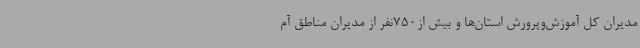
مدیران کل آموزش‌وپرورش استان‌ها و بیش از750نفر از مدیران مناطق آم